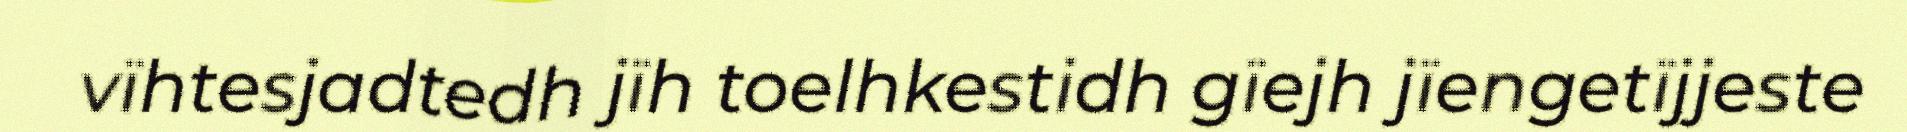
vïhtesjadtedh jïh toelhkestidh gïejh jïengetïjjeste